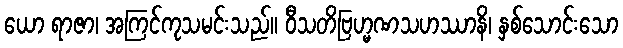
ယော ရာဇာ၊ အကြင်ကုသမင်းသည်။ ဝီသတိဗြဟ္မဏသဟဿာနိ၊ နှစ်သောင်းသော